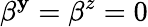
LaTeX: \beta^{\mathbf{y}}=\beta^{z}=0